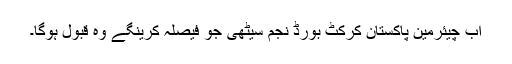
اب چیئرمین پاکستان کرکٹ بورڈ نجم سیٹھی جو فیصلہ کرینگے وہ قبول ہوگا۔